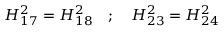
H _ { 1 7 } ^ { 2 } = H _ { 1 8 } ^ { 2 } \quad ; \quad H _ { 2 3 } ^ { 2 } = H _ { 2 4 } ^ { 2 }